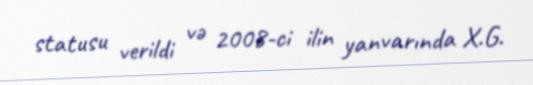
statusu verildi və 2008-ci ilin yanvarında X.G.